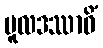
မူလဒဿာဝိံ